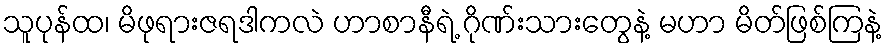
သူပုန်ထ၊ မိဖုရားဇရဒါကလဲ ဟာစာနီရဲ့ ဂိုဏ်းသားတွေနဲ့ မဟာ မိတ်ဖြစ်ကြနဲ့